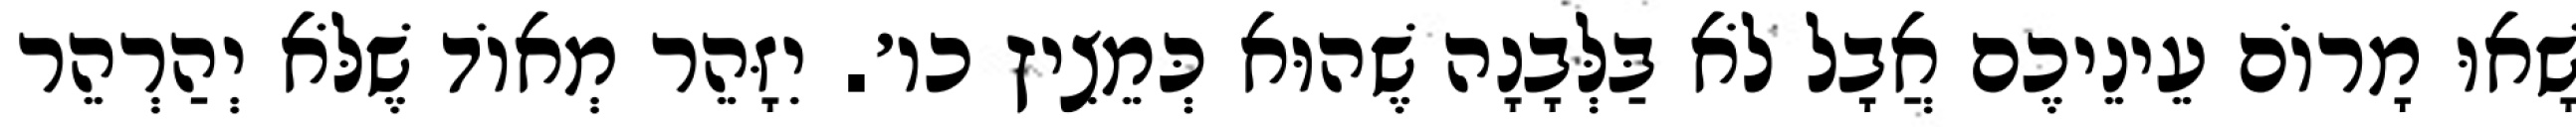
שָׁאוּ מָרוֹם עֵינֵיכֶם אֲבָל לֹא בַּלְּבָנָה שֶׁהוּא כְּמֵצִיץ כו׳. יִזָּהֵר מְאוֹד שֶׁלֹּא יְהַרְהֵר